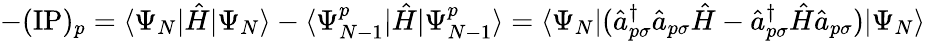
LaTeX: -(\mathrm{IP})_{p}=\langle\Psi_{N}|\hat{H}|\Psi_{N}\rangle-\langle\Psi_{N-1}^{p}|\hat{H}|\Psi_{N-1}^{p}\rangle=\langle\Psi_{N}|(\hat{a}_{p\sigma}^{\dagger}\hat{a}_{p\sigma}\hat{H}-\hat{a}_{p\sigma}^{\dagger}\hat{H}\hat{a}_{p\sigma})|\Psi_{N}\rangle